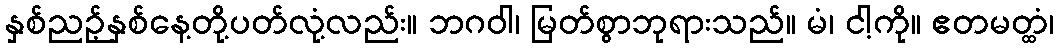
နှစ်ညဉ့်နှစ်နေ့တို့ပတ်လုံ့လည်း။ ဘဂဝါ၊ မြတ်စွာဘုရားသည်။ မံ၊ ငါ့ကို။ ဧတမတ္ထံ၊